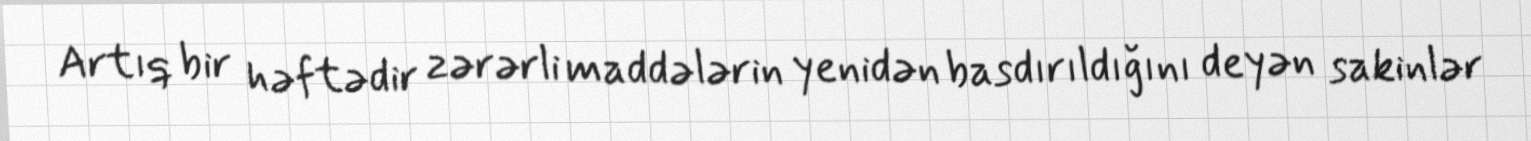
Artıq bir həftədir zərərli maddələrin yenidən basdırıldığını deyən sakinlər